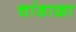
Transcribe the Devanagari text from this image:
चांडाळा